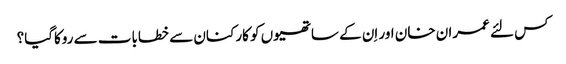
کس لئے عمران خان اور اِن کے ساتھیوں کو کارکنان سے خطابات سے روکاگیا؟